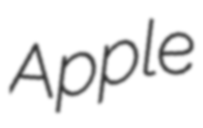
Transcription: Apple